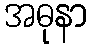
အဓုနာ